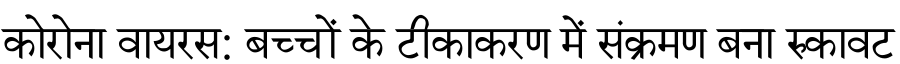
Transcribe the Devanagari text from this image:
कोरोना वायरस: बच्चों के टीकाकरण में संक्रमण बना रुकावट